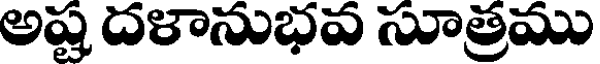
అష్ట దళానుభవ సూత్రము